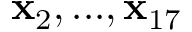
\mathbf { x } _ { 2 } , . . . , \mathbf { x } _ { 1 7 }